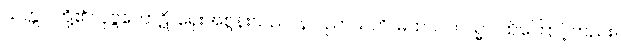
သတ္တဝါတို့၏။ ပုဗ္ဗကောဋိ၊ ရှေးအစွန်းသည်။ န ပညာယတိ၊ မထင်။ တသ္မာ၊ ထိုကြောင့်တည်း။